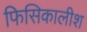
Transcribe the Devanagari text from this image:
फिसिकालीश